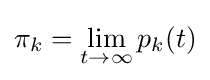
\pi _{k}=\lim _{t\to \infty }p_{k}(t)